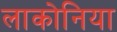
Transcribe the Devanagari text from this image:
लाकोनिया